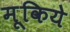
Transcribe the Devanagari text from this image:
मूकिये